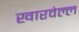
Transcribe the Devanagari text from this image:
खारवेल्ल